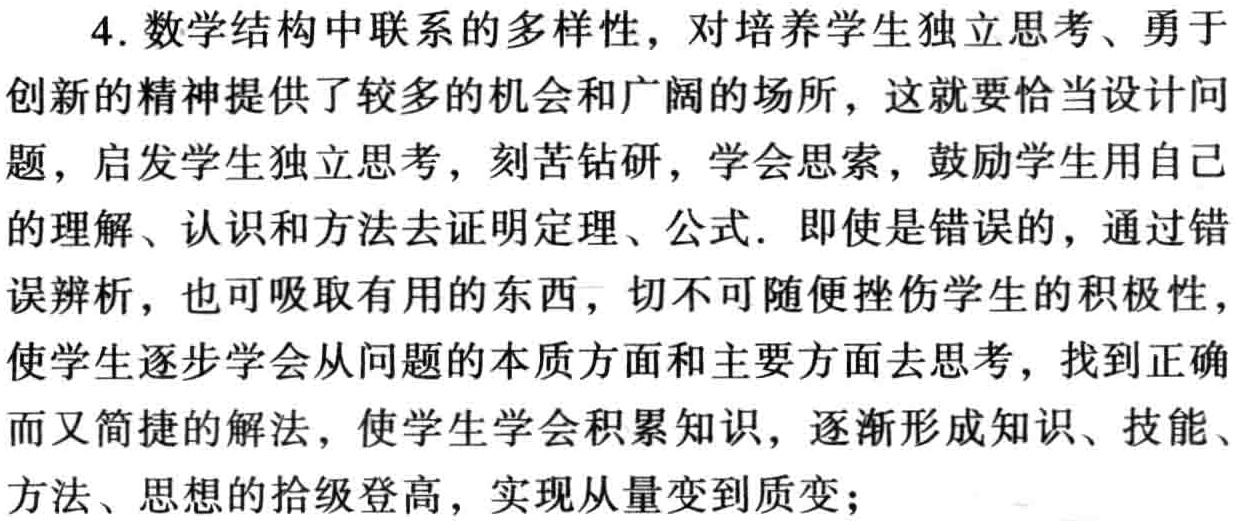
4. 数学结构中联系的多样性，对培养学生独立思考、勇于
创新的精神提供了较多的机会和广阔的场所，这就要恰当设计问
题，启发学生独立思考，刻苦钻研，学会思索，鼓励学生用自己
的理解、认识和方法去证明定理、公式. 即使是错误的，通过错
误辨析，也可吸取有用的东西，切不可随便挫伤学生的积极性，
使学生逐步学会从问题的本质方面和主要方面去思考，找到正确
而又简捷的解法，使学生学会积累知识，逐渐形成知识、技能、
方法、思想的拾级登高，实现从量变到质变；